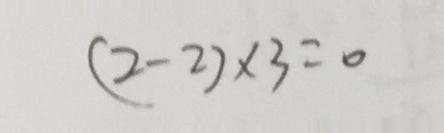
( 2 - 2 ) \times 3 = 0